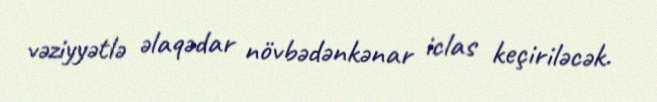
vəziyyətlə əlaqədar növbədənkənar iclas keçiriləcək.